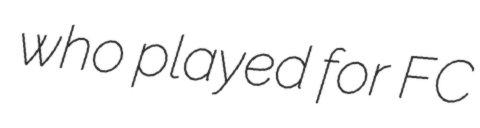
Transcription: who played for FC